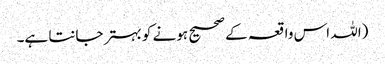
(اللہ اس واقعہ کے صحیح ہونے کو بہتر جانتا ہے۔